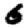
Digit: 6